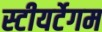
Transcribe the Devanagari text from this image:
स्टीयर्टेगम